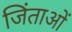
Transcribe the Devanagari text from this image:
जिंताओं